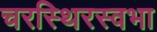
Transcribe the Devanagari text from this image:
चरस्थिरस्वभा